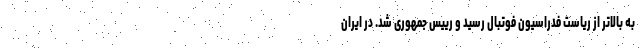
به بالاتر از ریاست فدراسیون فوتبال رسید و رییس جمهوری شد. در ایران